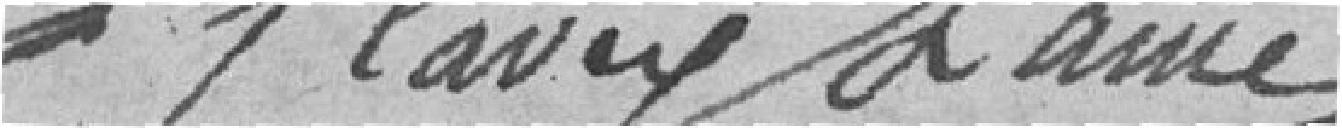
Clavey L'aîné